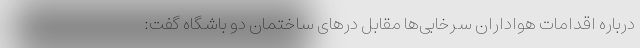
درباره اقدامات هواداران سرخابی‌ها مقابل درهای ساختمان دو باشگاه گفت: